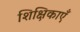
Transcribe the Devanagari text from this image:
शिक्षिकाएँ